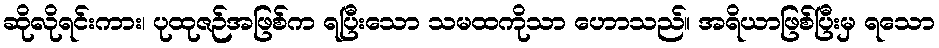
ဆိုလိုရင်းကား၊ ပုထုဇဉ်အဖြစ်က ရပြီးသော သမထကိုသာ ဟောသည်။ အရိယာဖြစ်ပြီးမှ ရသော